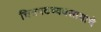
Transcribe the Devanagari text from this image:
चित्रपटव्यवसायाचे